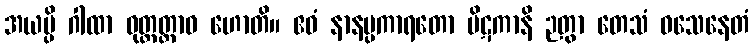
အယမ္ပိ ဂါထာ ဝုတ္တတ္ထာဝ ဟောတိ။ ဧဝံ နာနပ္ပကာရတော ပိဋကာနိ ဉတွာ တေသံ ဝသေနေတံ